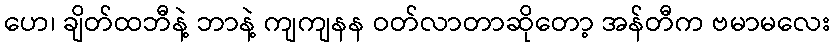
ဟေ၊ ချိတ်ထဘီနဲ့ ဘာနဲ့ ကျကျနန ဝတ်လာတာဆိုတော့ အန်တီက ဗမာမလေး